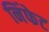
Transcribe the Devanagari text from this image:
निंफेट